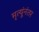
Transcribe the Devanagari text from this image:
मृत्यूंनंतर